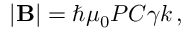
| \mathbf { B } | = \hbar \mu _ { 0 } P C \gamma k \, ,